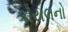
કોયલનો